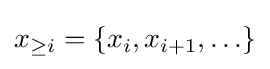
x_{\geq i}=\left\{x_{i},x_{i+1},\ldots \right\}